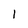
Character: 1